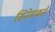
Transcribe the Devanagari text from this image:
सिनेमाकडे